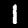
Digit: 1